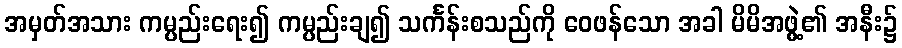
အမှတ်အသား ကမ္ပည်းရေး၍ ကမ္ပည်းချ၍ သင်္ကန်းစသည်ကို ဝေဖန်သော အခါ မိမိအဖွဲ့၏ အနီး၌